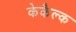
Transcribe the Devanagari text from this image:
केकैल्क